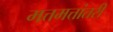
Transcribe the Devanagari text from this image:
मत्तमत्तांतरी